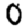
Digit: 0